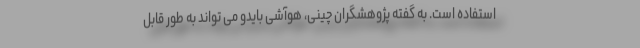
استفاده است. به گفته پژوهشگران چینی، هوآشی بایدو می تواند به طور قابل